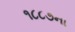
૧૮૮૭ના